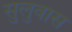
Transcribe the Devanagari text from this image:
सुलुवास